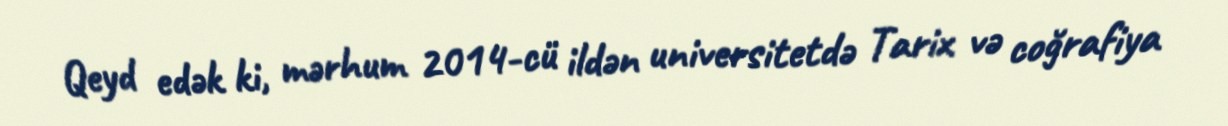
Qeyd edək ki, mərhum 2014-cü ildən universitetdə Tarix və coğrafiya